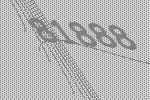
81888